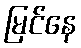
မြင်နေ